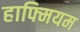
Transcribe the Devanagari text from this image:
हाफ्मियम